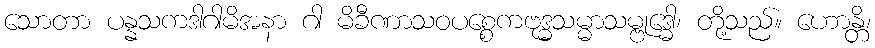
သောတာ ပန္နသကဒါဂါမိအနာ ဂါ မိခီဏာသဝပစ္စေကဗုဒ္ဓသမ္မာသမ္ဗုဒ္ဓေါ၊ တို့သည်။ ဟောန္တိ၊